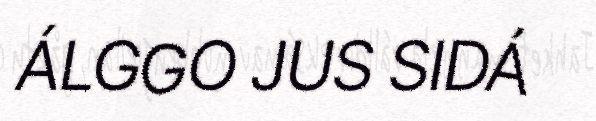
ÁLGGO JUS SIDÁ